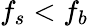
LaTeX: f_{s}<f_{b}